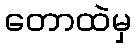
တောထဲမှ